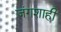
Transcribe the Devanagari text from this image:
जंगशाही